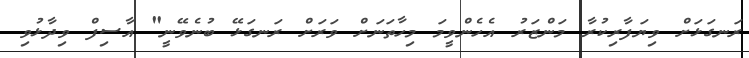
ރަނގަޅަށް ވިޔަފާރިކުރާ މަންޒަރު އެހެންވީމަ މިހާތަނަށް ވަރަށް ރަނގަޅޭ ބުނެވޭނީ" އާސިފް ވިދާޅުވި